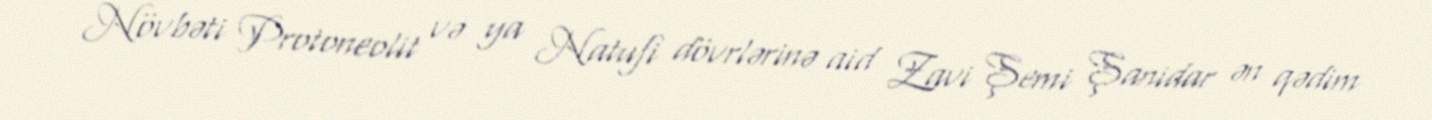
Növbəti Protoneolit və ya Natufi dövrlərinə aid Zavi Şemi Şanidar ən qədim